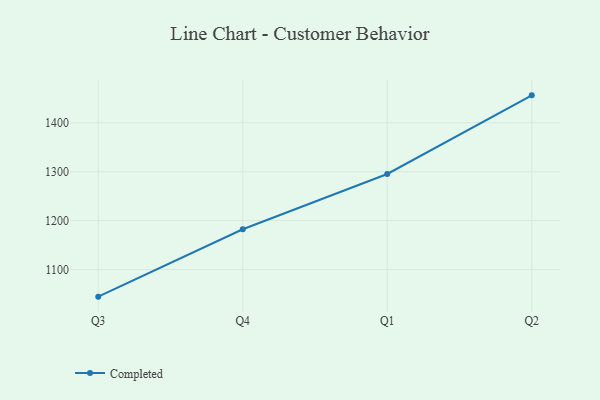
{"axis": {"x": "Quarter", "y": "Satisfaction Score"}, "legend": ["Completed"], "data": [{"x": "Q3", "y": 1044.8, "type": "Completed"}, {"x": "Q4", "y": 1182.5, "type": "Completed"}, {"x": "Q1", "y": 1295.4, "type": "Completed"}, {"x": "Q2", "y": 1456.0, "type": "Completed"}]}